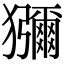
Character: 獼